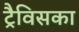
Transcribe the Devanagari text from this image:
ट्रैविसका